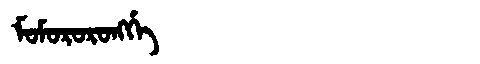
Manchu: ᠮᠣᠮᠣᡵᠣᡵᠣᠩᡤᡝ
Romanization: MOMORORONGGE